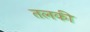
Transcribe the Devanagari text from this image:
तलकी